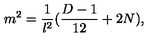
m ^ { 2 } = \frac { 1 } { l ^ { 2 } } ( \frac { D - 1 } { 1 2 } + 2 N ) ,